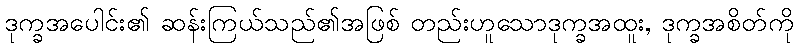
ဒုက္ခအပေါင်း၏ ဆန်းကြယ်သည်၏အဖြစ် တည်းဟူသောဒုက္ခအထူး, ဒုက္ခအစိတ်ကို